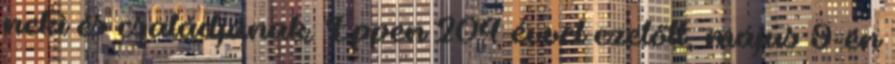
neki és családjának. Éppen 204 évvel ezelőtt, május 9-én